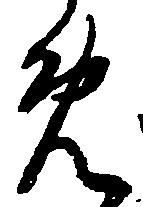
め